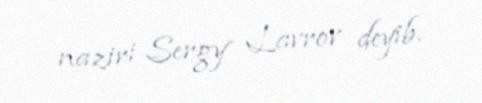
naziri Sergy Lavrov deyib.